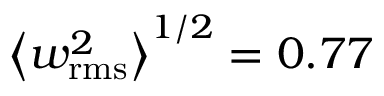
\left\langle w _ { \mathrm { r m s } } ^ { 2 } \right\rangle ^ { 1 / 2 } = 0 . 7 7